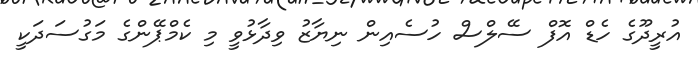
އުރީދޫގެ ހެޑް އޮފް ސޭލްސް ހުސެއިން ނިޔާޒު ވިދާޅުވީ މި ކެމްޕޭންގެ މަގުސަދަކީ